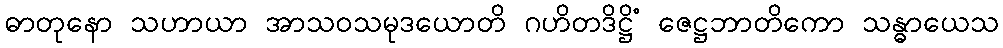
ဓာတုနော သဟာယာ အာသဝသမုဒယောတိ ဂဟိတဒိဋ္ဌိံ ဇေဋ္ဌဘာတိကော သန္ဓာယေသ